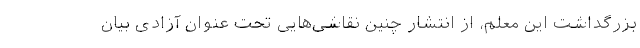
بزرگداشت این معلم، از انتشار چنین نقاشی‌هایی تحت عنوان آزادی بیان